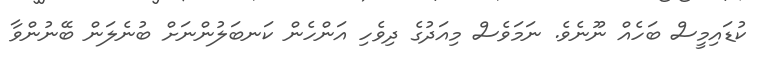
ކުޑައިމީސް ބަހެއް ނޫނެވެ. ނަމަވެސް މިއަދުގެ ދިވެހި އަންހެން ކަނބަލުންނަށް ބުނެލަން ބޭނުންވާ